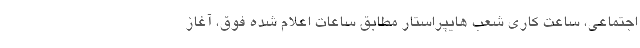
اجتماعی، ساعت کاری شعب هایپراستار مطابق ساعات اعلام شده فوق، آغاز